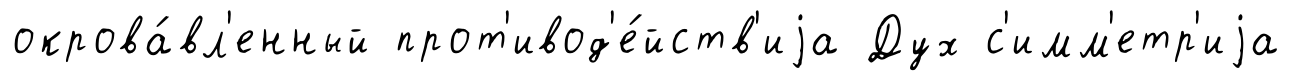
окрова́вл'енный прот'ивод'е́йств'иjа Дух с'имм'етр'иjа